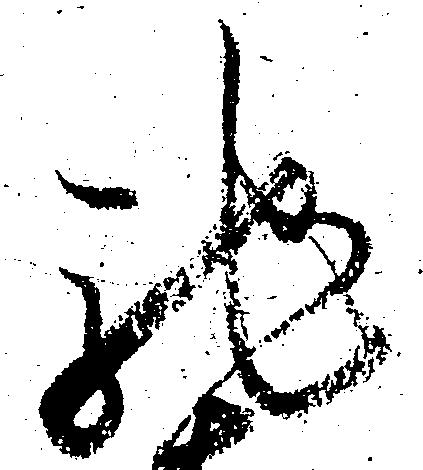
馳